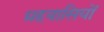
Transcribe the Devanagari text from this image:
ग्रहवासियों